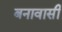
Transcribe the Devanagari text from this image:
बनावासी